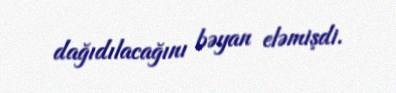
dağıdılacağını bəyan eləmişdi.